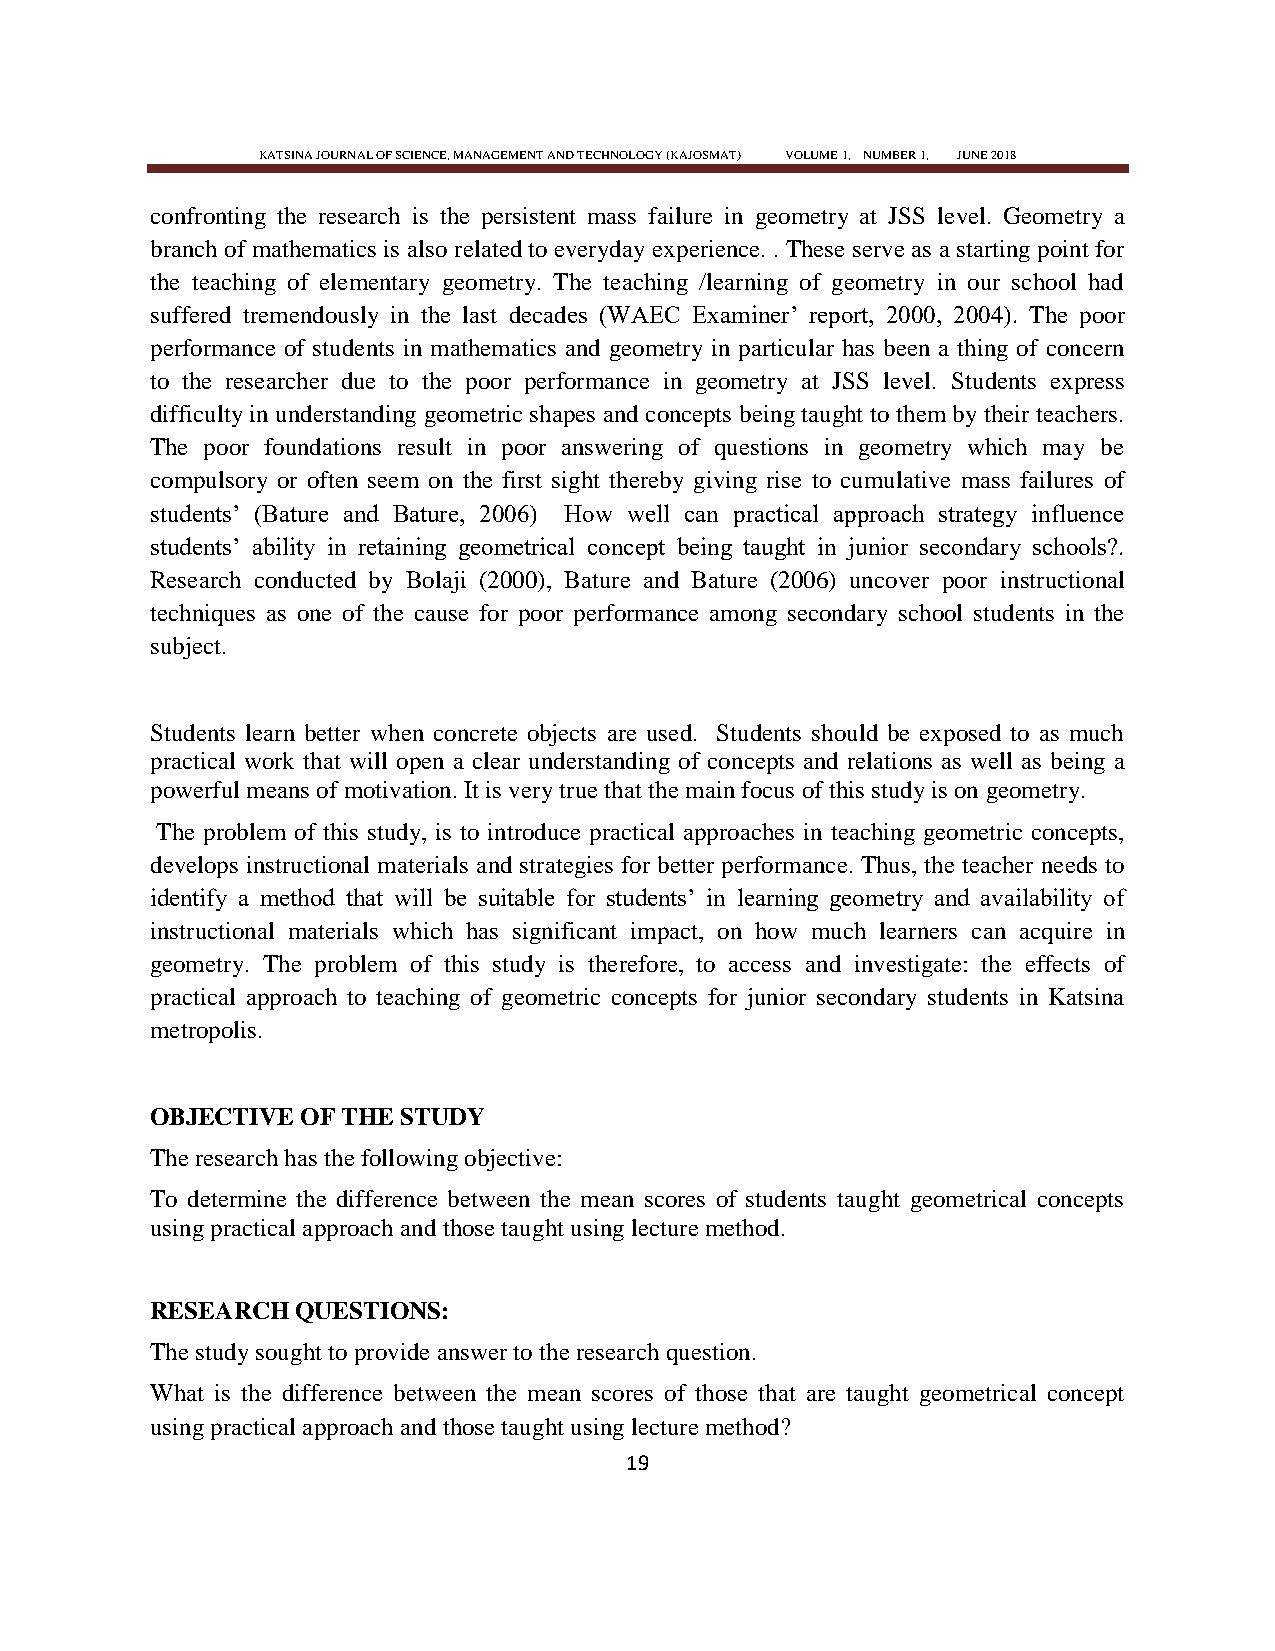
KATSINA JOURNAL OF SCIENCE, MANAGEMENT AND TECHNOLOGY (KAJOSMAT) VOLUME 1, NUMBER 1, JUNE 2018
 confronting the research is the persistent mass failure in geometry at JSS level. Geometry a
 branch of mathematics is also related to everyday experience. . These serve as a starting point for
 the teaching of elementary geometry. The teaching /learning of geometry in our school had
 suffered tremendously in the last decades (WAEC Examiner‘ report, 2000, 2004). The poor
 performance of students in mathematics and geometry in particular has been a thing of concern
 to the researcher due to the poor performance in geometry at JSS level. Students express
 difficulty in understanding geometric shapes and concepts being taught to them by their teachers.
 The poor foundations result in poor answering of questions in geometry which may be
 compulsory or often seem on the first sight thereby giving rise to cumulative mass failures of
 students‘ (Bature and Bature, 2006) How well can practical approach strategy influence
 students‘ ability in retaining geometrical concept being taught in junior secondary schools?.
 Research conducted by Bolaji (2000), Bature and Bature (2006) uncover poor instructional
 techniques as one of the cause for poor performance among secondary school students in the
 subject.
 Students learn better when concrete objects are used. Students should be exposed to as much
 practical work that will open a clear understanding of concepts and relations as well as being a
 powerful means of motivation. It is very true that the main focus of this study is on geometry.
 The problem of this study, is to introduce practical approaches in teaching geometric concepts,
 develops instructional materials and strategies for better performance. Thus, the teacher needs to
 identify a method that will be suitable for students‘ in learning geometry and availability of
 instructional materials which has significant impact, on how much learners can acquire in
 geometry. The problem of this study is therefore, to access and investigate: the effects of
 practical approach to teaching of geometric concepts for junior secondary students in Katsina
 metropolis.
 OBJECTIVE OF THE STUDY
 The research has the following objective:
 To determine the difference between the mean scores of students taught geometrical concepts
 using practical approach and those taught using lecture method.
 RESEARCH  QUESTIONS:
 The study sought to provide answer to the research question.
 What is the difference between the mean scores of those that are taught geometrical concept
 using practical approach and those taught using lecture method?
 19